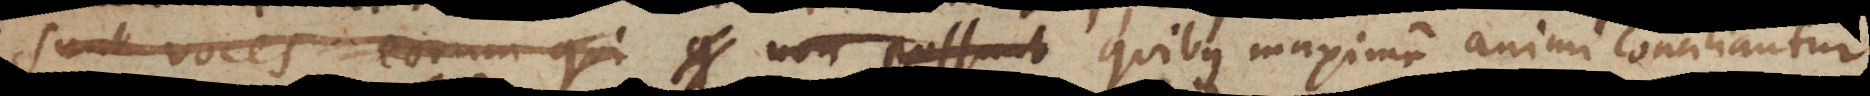
sunt voces eorum qui non possunt quibus maxime no